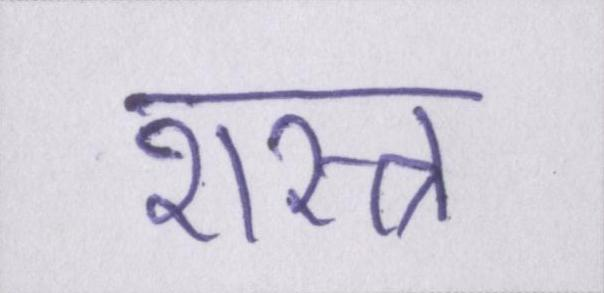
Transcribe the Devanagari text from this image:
शस्त्र